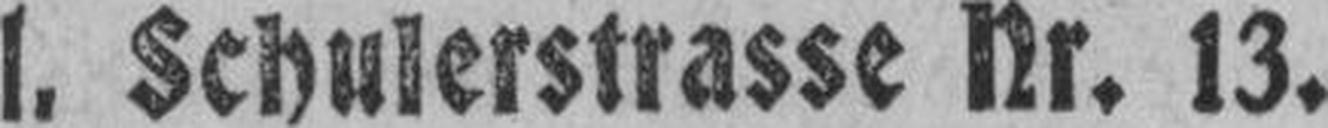
l. Schulerstrasse Nr. 13.